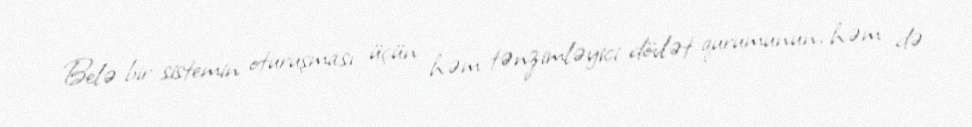
Belə bir sistemin oturuşması üçün həm tənzimləyici dövlət qurumunun, həm də